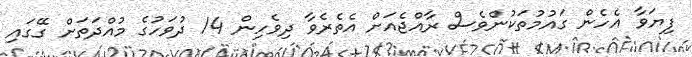
ފިޔަވާ އެހެން ގައުމުތަކުންވެސް ރާއްޖެއަށް އެތެރެވާ ދިވެހިން 14 ދުވަހުގެ މުއްދަތަށް ގޭގައި